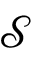
\mathcal { S }